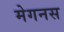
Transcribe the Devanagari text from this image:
मेगनस